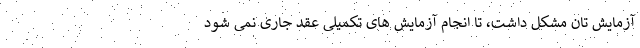
آزمایش تان مشکل داشت، تا انجام آزمایش های تکمیلی عقد جاری نمی شود